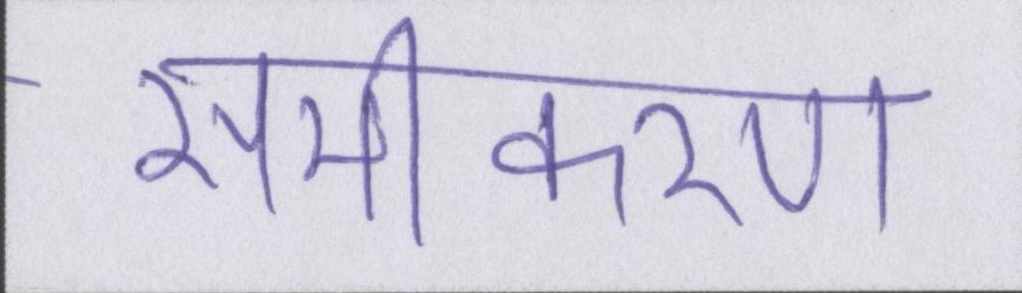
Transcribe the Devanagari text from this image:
समीकरण